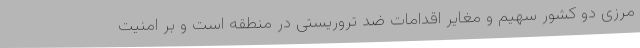
مرزی دو کشور سهیم و مغایر اقدامات ضد تروریستی در منطقه است و بر امنیت